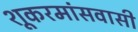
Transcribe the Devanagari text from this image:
शूकरमांसवासी